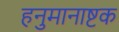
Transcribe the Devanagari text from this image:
हनुमानाष्टक